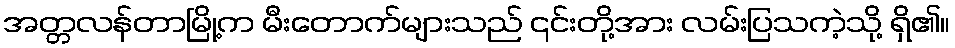
အတ္တလန်တာမြို့က မီးတောက်များသည် ၎င်းတို့အား လမ်းပြသကဲ့သို့ ရှိ၏။